Civil Veterinary Dept. North-West Frontier Province 1901-22 - 1901-1922
Year: 1901
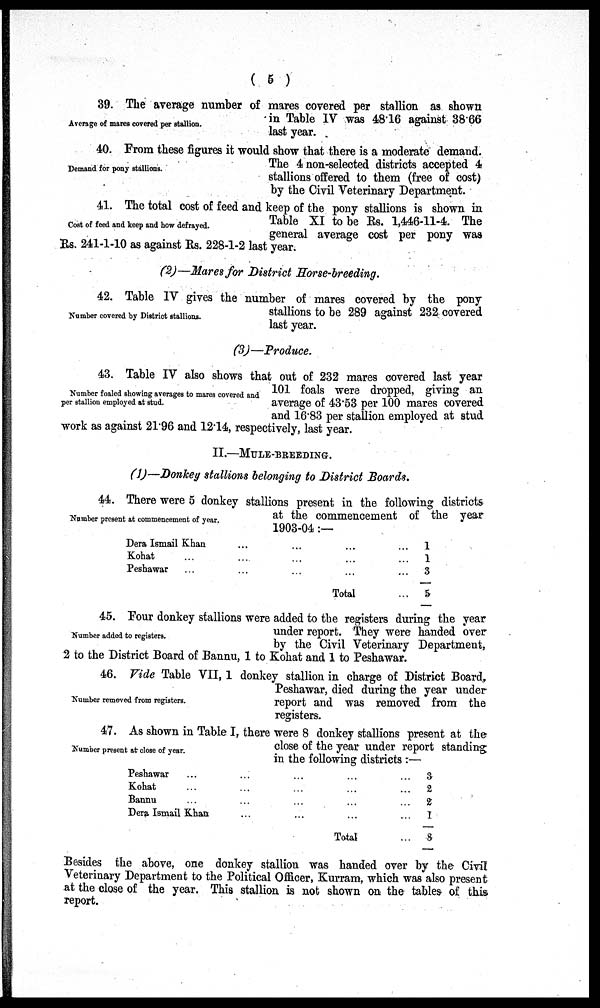
(5)
Average of mares covered per stallion.
39. The average number of mares covered per stallion as shown
in Table IV was 48.16 against 38.66
last year.
Demand for pony stallions.
40. From these figures it would show that there is a moderate demand.
The 4 non-selected districts accepted 4
stallions offered to them (free of cost)
by the Civil Veterinary Department.
Cost of feed and keep and how defrayed.
41. The total cost of feed and keep of the pony stallions is shown in
Table XI to be Rs. 1,446-11-4. The
general average cost per pony was
Rs. 241-1-10 as against Rs. 228-1-2 last year.
(2)—Mares for District Horse-breeding.
Number covered by District stallions.
42. Table IV gives the number of mares covered by the pony
stallions to be 289 against 232 covered
last year.
(3)—Produce.
Number foaled showing averages to mares covered and
per stallion employed at stud.
43. Table IV also shows that out of 232 mares covered last year
101 foals were dropped, giving an
average of 43.53 per 100 mares covered
and 16.83 per stallion employed at stud
work as against 21.96 and 12.14, respectively, last year.
II.—MULE-BREEDING.
(1)—Donkey stallions belonging to District Boards.
Number present at commencement of year.
44. There were 5 donkey stallions present in the following districts
at the commencement of the year
1903-04:—
Dera Ismail Khan
Kohat ...
Peshawar
...
...
...
...
...
...
...
...
...
Total
...
...
...
...
1
1
3
5
Number added to registers.
45. Four donkey stallions were added to the registers during the year
under report. They were handed over
by the Civil Veterinary Department,
2 to the District Board of Bannu, 1 to Kohat and 1 to Peshawar.
Number removed from registers.
46. Vide Table VII, 1 donkey stallion in charge of District Board,
Peshawar, died during the year under
report and was removed from the
registers.
Number present at close of year.
47. As shown in Table I, there were 8 donkey stallions present at the
close of the year under report standing
in the following districts:—
Peshawar ...
Kohat ...
Bannu ...
Dera Ismail Khan
...
...
...
...
...
...
...
...
...
...
...
...
Total
...
...
...
...
...
3
2
2
1
8
Besides the above, one donkey stallion was handed over by the Civil
Veterinary Department to the Political Officer, Kurram, which was also present
at the close of the year. This stallion is not shown on the tables of this
report.